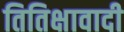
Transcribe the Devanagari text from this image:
तितिक्षावादी